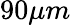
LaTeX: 90\mu m